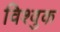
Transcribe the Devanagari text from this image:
विश्वुक